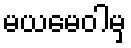
မယမေဝါမှ